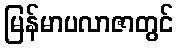
မြန်မာပလာဇာတွင်